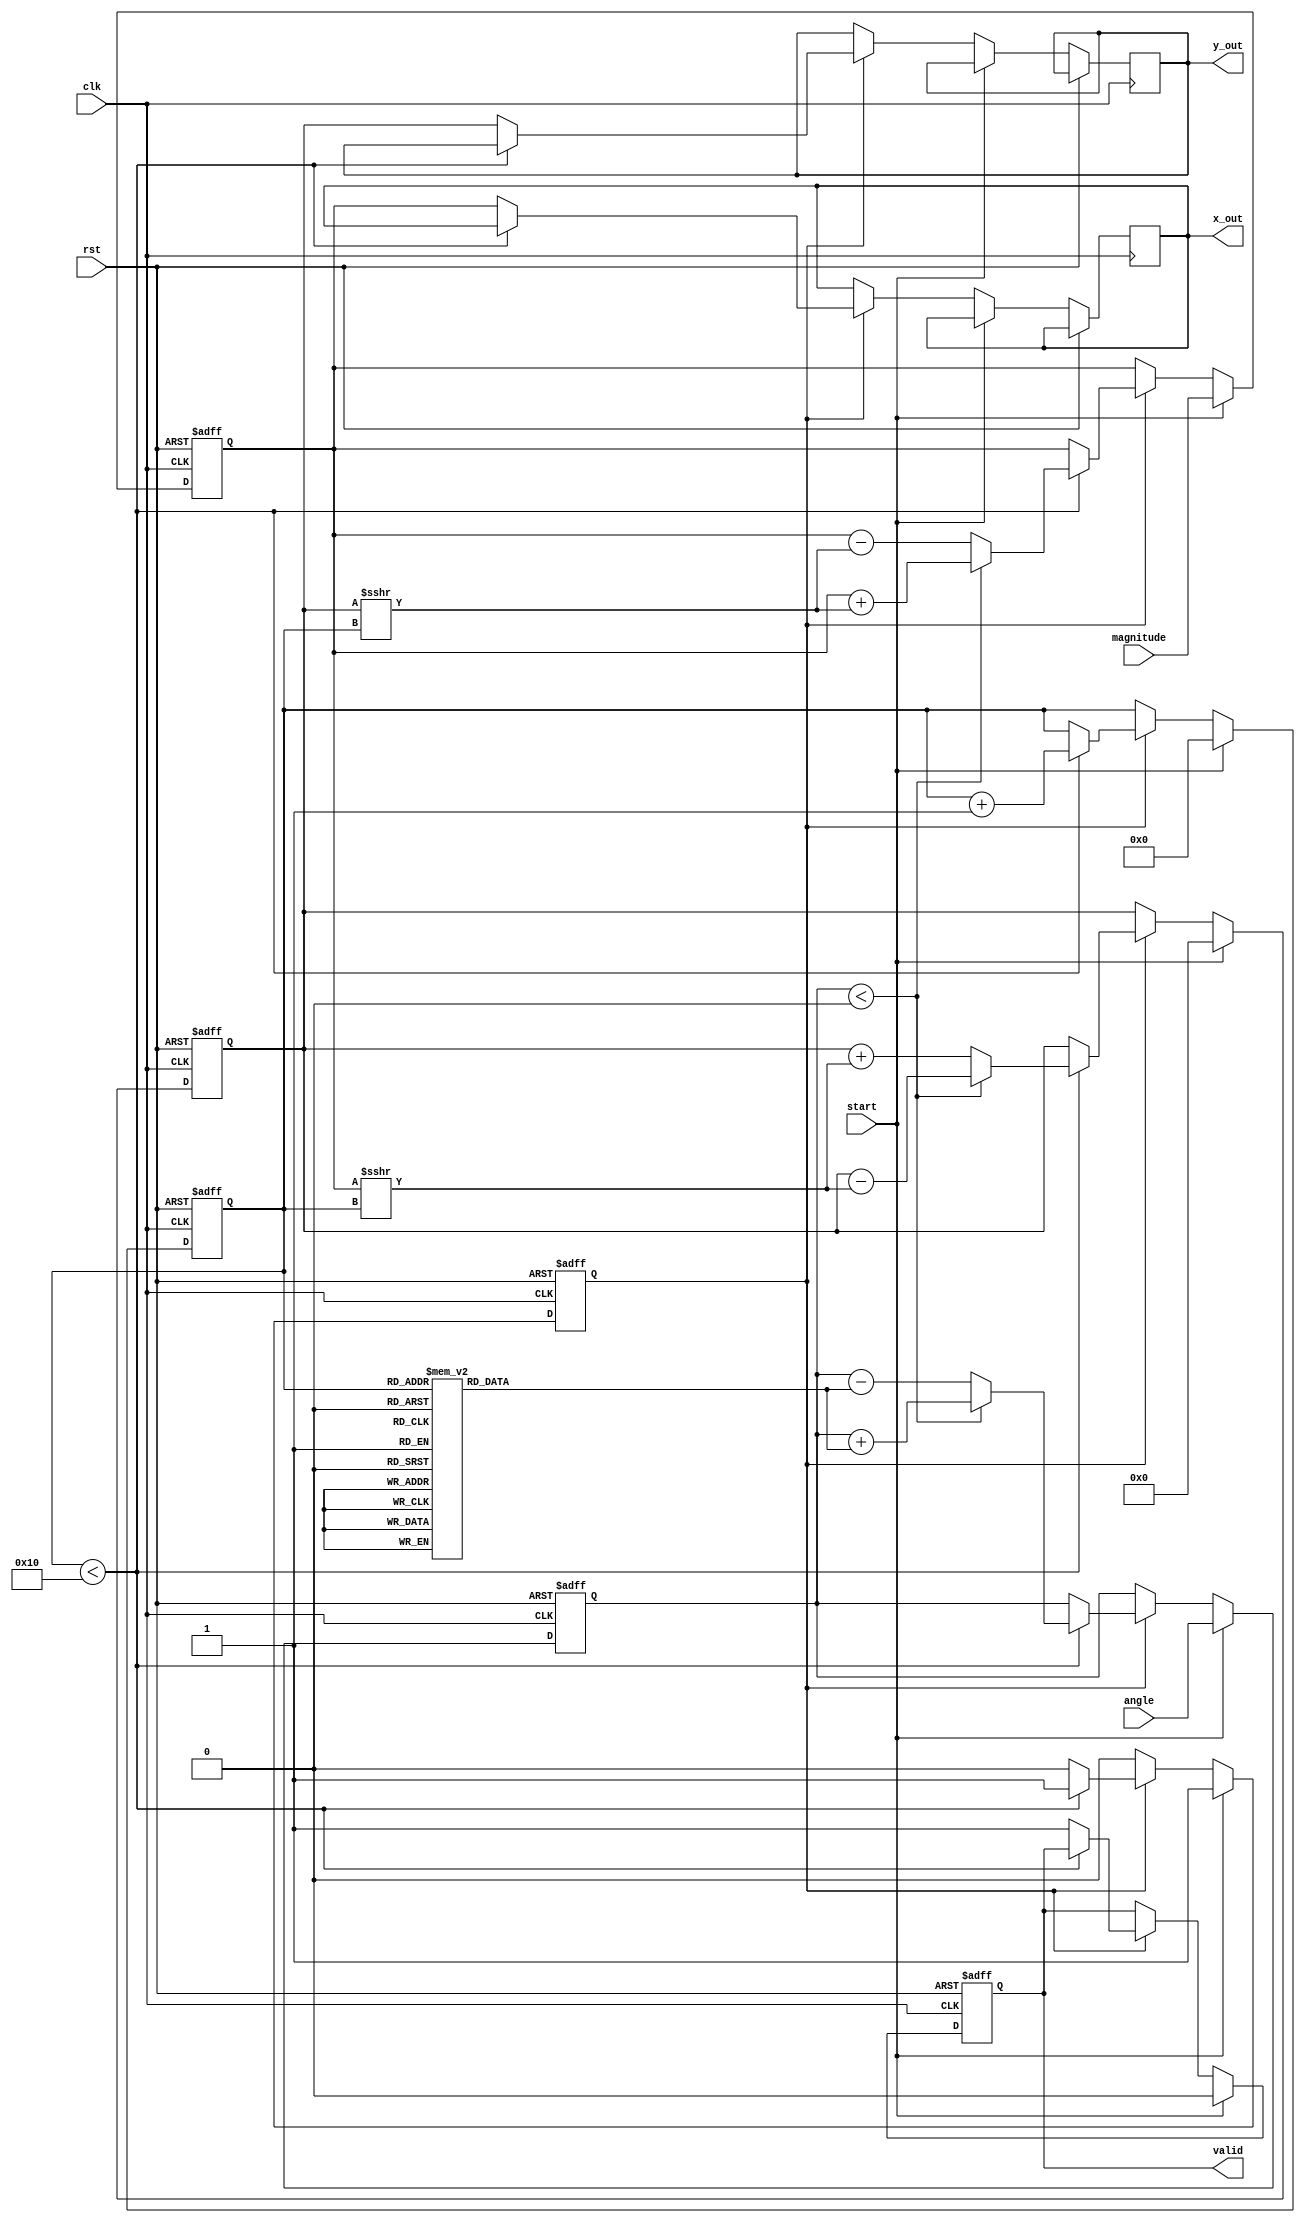
module cordic(
    input wire clk,
    input wire rst,
    input wire [15:0] angle,        // Input angle in fixed-point format
    input wire [15:0] magnitude,     // Input magnitude (for vector operations)
    input wire start,                // Start signal for computation
    output reg [15:0] x_out,         // Output x coordinate
    output reg [15:0] y_out,         // Output y coordinate
    output reg valid                 // Output valid signal
);

    // CORDIC parameters
    parameter NUM_ITERATIONS = 16;   // Number of iterations for precision
    reg [15:0] atan_table [0:NUM_ITERATIONS-1]; // Lookup table for arctangent values
    reg [15:0] x_reg, y_reg, z_reg;   // Internal registers for x, y and angle
    reg [3:0] iteration;               // Iteration counter
    reg compute;                       // Compute flag

    // Initialize arctangent values
    initial begin
        atan_table[0] = 16'h2000; // atan(1) = 0.7854 in fixed-point
        atan_table[1] = 16'h1333; // atan(0.5) = 0.4636
        atan_table[2] = 16'h0A3D; // atan(0.25) = 0.2449
        // Add more values as needed for higher precision
        // ...
    end

    // CORDIC iteration process
    always @(posedge clk or posedge rst) begin
        if (rst) begin
            x_reg <= 0;
            y_reg <= 0;
            z_reg <= 0;
            iteration <= 0;
            compute <= 0;
            valid <= 0;
        end else if (start) begin
            // Initialize registers for computation
            x_reg <= magnitude; // Set initial x to input magnitude
            y_reg <= 0;         // Set initial y to 0
            z_reg <= angle;     // Load input angle
            iteration <= 0;     // Reset iteration counter
            compute <= 1;       // Start computation
            valid <= 0;         // Output not valid yet
        end else if (compute) begin
            if (iteration < NUM_ITERATIONS) begin
                // Perform CORDIC rotation
                if (z_reg < 0) begin
                    // Rotate clockwise
                    x_reg <= x_reg + (y_reg >>> iteration);
                    y_reg <= y_reg - (x_reg >>> iteration);
                    z_reg <= z_reg + atan_table[iteration];
                end else begin
                    // Rotate counter-clockwise
                    x_reg <= x_reg - (y_reg >>> iteration);
                    y_reg <= y_reg + (x_reg >>> iteration);
                    z_reg <= z_reg - atan_table[iteration];
                end
                iteration <= iteration + 1;
            end else begin
                // Computation finished
                x_out <= x_reg; // Final x value
                y_out <= y_reg; // Final y value
                valid <= 1;     // Output is valid
                compute <= 0;   // Stop computation
            end
        end
    end

endmodule